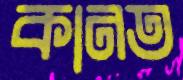
কানত